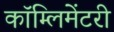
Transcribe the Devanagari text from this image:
कॉम्लिमेंटरी